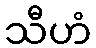
သီဟံ